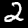
Label: 2